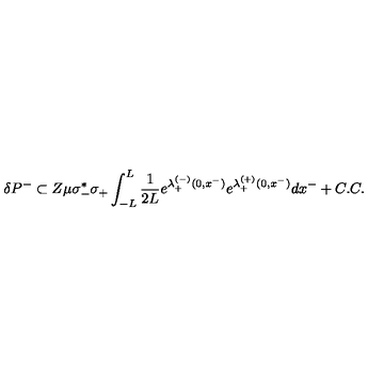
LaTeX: \delta P ^ { - } \subset Z \mu \sigma _ { - } ^ { * } \sigma _ { + } \int _ { - L } ^ { L } { \frac { 1 } { 2 L } } e ^ { \lambda _ { + } ^ { ( - ) } ( 0 , x ^ { - } ) } e ^ { \lambda _ { + } ^ { ( + ) } ( 0 , x ^ { - } ) } d x ^ { - } + C . C .